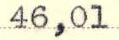
46,01